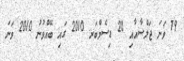
79 ވަނަ ޖަލްސާއާއި 20 ޑިސެމްބަރ 2010 ގައި ބޭއްވުނު 2010 ވަނަ